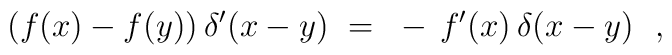
(f(x) - f(y)) \, \delta^\prime(x-y)~=~- \, f^\prime(x) \, \delta(x-y)~~,